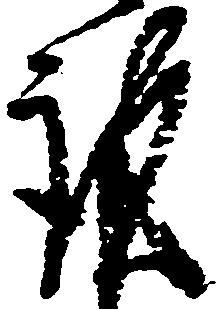
謹